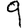
Digit: 9